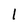
Character: l